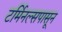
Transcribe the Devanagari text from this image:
टर्मिनल्सपासून